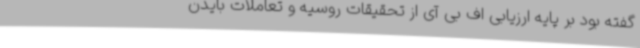
گفته بود بر پایه ارزیابی اف بی آی از تحقیقات روسیه و تعاملات بایدن